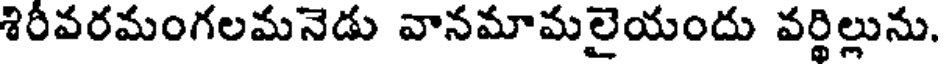
శిరీవరమంగలమనెడు వానమామలైయందు వర్థిల్లును.